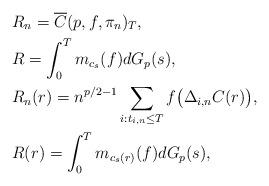
LaTeX: \begin{align*}&R_n=\overline{C}(p,f,\pi_n)_T, \\&R=\int_0^T m_{c_s}(f) d{G_p}(s),\\&R_n(r)=n^{p/2-1}\sum_{i:t_{i,n}\leq T} f\big(\Delta_{i,n}C(r)\big), \\&R(r)=\int_0^T m_{c_s(r)}(f) d{G_p}(s),\end{align*}